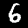
Digit: 6